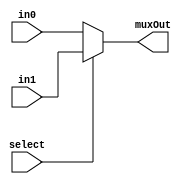
//ShifterAndALU.v

// select 0 = in0 1 = in1
module mux2to1_3bit(input [2:0] in0, input [2:0] in1, input select, output reg [2:0] muxOut);
  //WRITE CODE HERE
  always@(select or in1 or in0)
  	begin
  		muxOut = select?in1:in0;
  	end
endmodule

// select 0 = in0 1 = in1
module mux2to1_8bit(input [7:0] in0, input [7:0] in1, input select, output reg [7:0] muxOut);
   //WRITE CODE HERE
   always@(in0 or in1 or select)
   	begin
   		muxOut = select?in1:in0;
   	end

endmodule


module mux8to1_1bit(input in0, input in1, input in2, input in3, input in4, input in5, input in6, input in7, input[2:0] select,output reg muxOut);
   //WRITE CODE HERE
   always@(in0 or in1 or in2 or in3 or in4 or in5 or in6 or in7 or select)
   	begin
   		if(select == 0)
   			muxOut = in0;   	
		else if(select==1)
			muxOut =in1;  	
		else if(select==2)
			muxOut =in2;  	
		else if(select==3)
			muxOut =in3;  	
		else if(select==4)
			muxOut =in4;  	
		else if(select==5)
			muxOut =in5;  	
		else if(select==6)
			muxOut =in6;  	
		else if(select==7)
			muxOut =in7;  	
   	end
endmodule

module barrelshifter(input[2:0] shiftAmt, input[7:0] b, input[2:0] oper, output[7:0] shiftOut);
	   //WRITE CODE HERE
	   always@(shiftAmt, b, oper, shiftOut)
	   	begin
	   		
	   	end

endmodule

// Alu operations are: 00 for alu1, 01 for add, 10 for sub(alu1-alu2) , 11 for AND, 100 for OR and 101 for NOT(alu1)
module alu(input [7:0] aluIn1, input [7:0] aluIn2, input [2:0]aluOp, output reg [7:0] aluOut);
       //WRITE CODE HERE
         	always @(aluOp or aluIn1 or aluIn2)
    	begin
	        case (aluOp)
	        	0 : aluOut = aluIn1;
	            1 : aluOut = aluIn1 + aluIn2;
	        	2 : aluOut = aluIn1 - aluIn2; 
	        	3 : aluOut = aluIn1 & aluIn2;
	        	4 : aluOut = aluIn1 | aluIn2;
	        	5 : aluOut = ~aluIn1; 

        endcase 
    end

endmodule


module shifterAndALU(input [7:0]inp1, input [7:0] inp2, input [2:0]shiftlmm, 
	input selShiftAmt, input [2:0]oper, input selOut, output [7:0] out);
	   //WRITE CODE HERE


endmodule

//TestBench ALU
module testbenchALU();
	// Input
	reg [7:0] inp1, inp2;
	reg [2:0] aluOp;
	reg [2:0] shiftlmm;
	reg selShiftAmt, selOut;
	// Output
	wire [7:0] aluOut;

	shifterAndALU shifterAndALU_Test (inp1, inp2, shiftlmm, selShiftAmt, aluOp, selOut, aluOut);

	initial
		begin
			$dumpfile("testALU.vcd");
     	$dumpvars(0,testbenchALU);
			inp1 = 8'd80; //80 in binary is 1010000
			inp2 = 8'd20; //20 in binary is 10100   
			shiftlmm = 3'b010; 
			
			aluOp=3'd0; selOut = 1'b0;// normal output = 80

			#10 aluOp = 3'd0; selOut = 1'b1; selShiftAmt = 1'b1; //No shift output = 80

			#10 aluOp=3'd1; selOut = 1'b0;// normal add	output => 20 + 80 = 100

			#10 aluOp = 3'd1; selOut = 1'b1; selShiftAmt = 1'b1; // arithmetic shift right of 80 by 2 places = 20

			#10 aluOp=3'd2; selOut = 1'b0; // normal sub output => 80 - 20 = 60

			#10 aluOp = 3'd2; selOut = 1'b1; selShiftAmt = 1'b0; // logical shift right of 80 by 4 places = 0

			#10 aluOp=3'd3; selOut = 1'b0;// normal and output => 80 & 20 = 16

			#10 aluOp = 3'd3; selOut = 1'b1; selShiftAmt = 1'b0; // Circular Shift Right of 80 by 4 places = 5

			#10 aluOp=3'd4; selOut = 1'b0;// normal or output => 80 | 20 = 84

			#10 aluOp = 3'd4; selOut = 1'b1; selShiftAmt = 1'b1; // Logical Shift Left of 80 by 2 bits = 64

			#10 aluOp=3'd5; selOut = 1'b0; // normal not of 80 = 175

			#10 aluOp = 3'd5; selOut = 1'b1; selShiftAmt = 1'b0; // Circular left shift of 80 by 4 bits = 5

			#10 inp1=8'd15; inp2=8'd26; aluOp=3'd2; selOut = 1'b0;//sub overflow 
			// (15 - 26) = -11 and its a 8 bit number so, 256-11 = 245 output => 245 (since it is unsigned decimal)

			#10 inp1=8'd150; inp2=8'd150; aluOp=3'd1; selOut = 1'b0;// add overflow
			//(150+150) = 300 and its a 8 bit number so, 300-256 = 44 output=> 44.

			#10 inp1=8'b0000_0000; aluOp=3'd5; selOut = 1'b0;//not overflow
			// not(0) = all 1. Since its a 8 bit number output=>255

			#10 $finish;
		end

endmodule